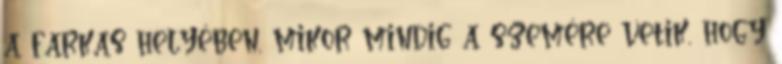
a farkas helyében, mikor mindig a szemére vetik, hogy